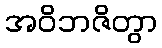
အဝိဘဇိတွာ